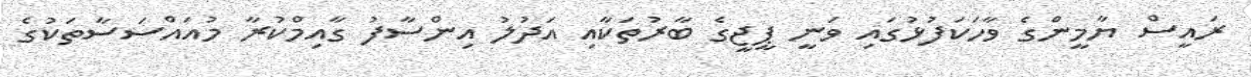
ރައީސް ޔާމީންގެ ވާހަކަފުޅުގައި ވަނީ ޕީޖީގެ ބާރުތަކާއި އަދުލު އިންސާފު ގާއިމްކުރާ މުއައްސަސާތަކުގެ